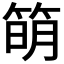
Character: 𥯋